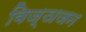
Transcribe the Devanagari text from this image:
विज्ञजन